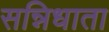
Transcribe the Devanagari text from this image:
सन्निधाता